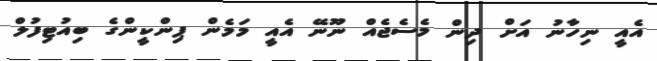
އެއީ ނިހާނު އަށް ދިން މެސެޖެއް ނޫނޭ އެއީ މަމެން ޕިންކީންގެ ބިއުޓިފުލް